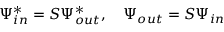
\Psi _ { i n } ^ { * } = S \Psi _ { o u t } ^ { * } , \quad \Psi _ { o u t } = S \Psi _ { i n }